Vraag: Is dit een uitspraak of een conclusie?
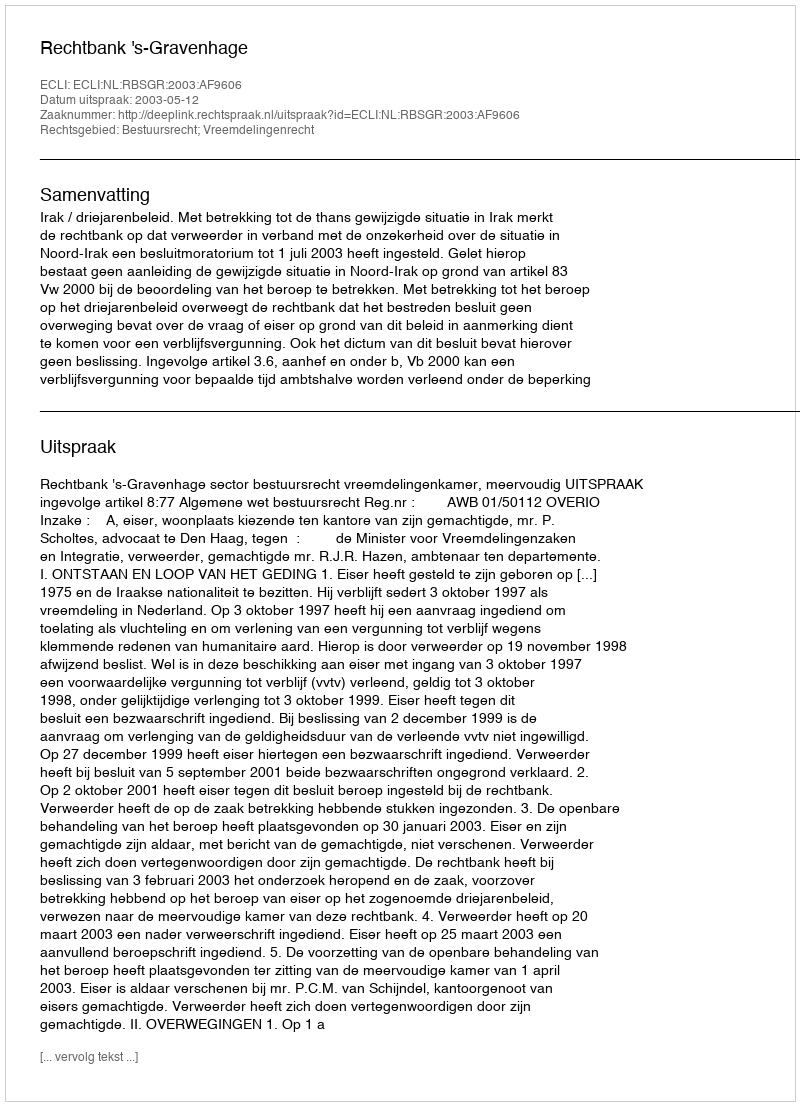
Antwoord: Uitspraak